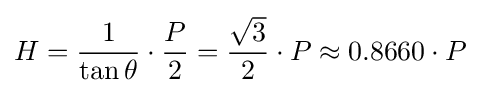
H={\frac {1}{\tan \theta }}\cdot {\frac {P}{2}}={\frac {\sqrt {3}}{2}}\cdot P\approx 0.8660\cdot P